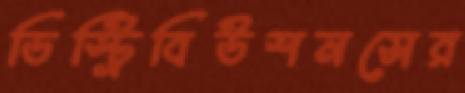
ডিস্ট্রিবিউশনসের